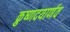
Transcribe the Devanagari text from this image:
क्रुष्णदयार्णव